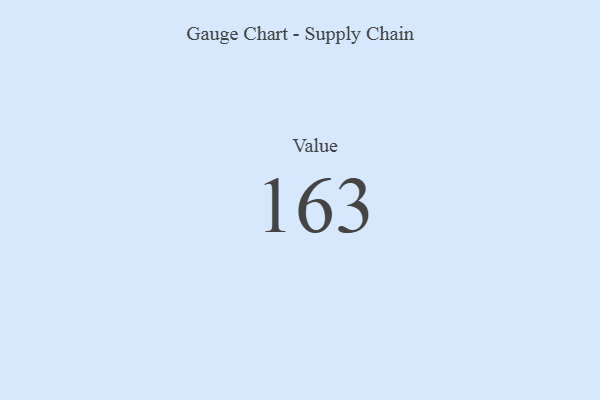
{"axis": {"x": "Metric", "y": "Value"}, "legend": [""], "data": [{"x": "Value", "y": 163, "type": ""}]}